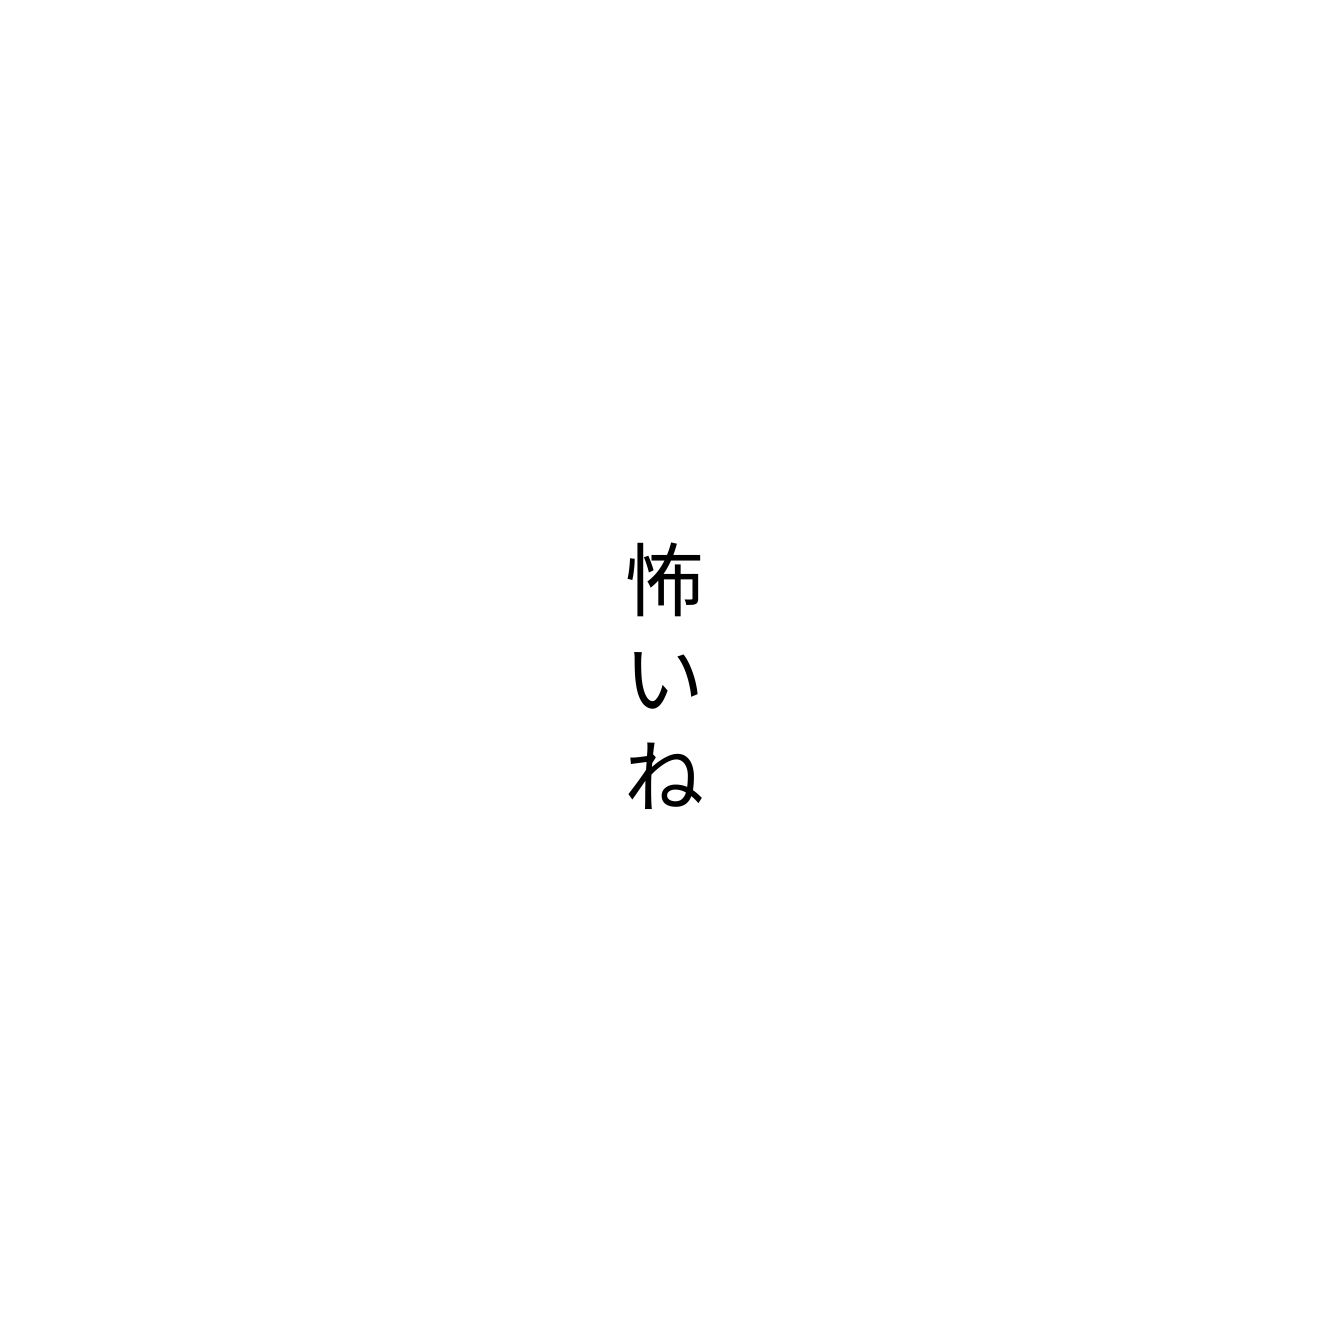
怖いね